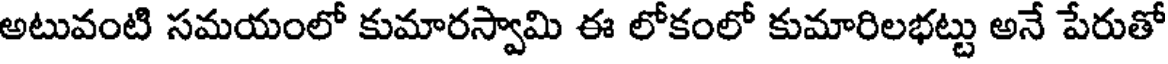
అటువంటి సమయంలో కుమారస్వామి ఈ లోకంలో కుమారిలభట్టు అనే పేరుతో